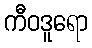
ကီဝဒူရော